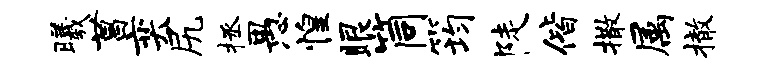
曦菖奕尻拯愚惶眼筒筠陡偕撒属撤